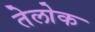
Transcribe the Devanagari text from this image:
तेलोक